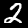
Label: 2